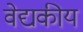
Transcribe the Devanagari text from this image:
वेद्यकीय